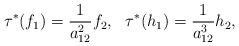
LaTeX: \begin{align*}\tau^*(f_1)=\frac{1}{a_{12}^2}f_2, \ \ \tau^*(h_1)=\frac{1}{a_{12}^3}h_2,\end{align*}